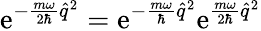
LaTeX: \mathrm{e}^{-\frac{{m\omega}}{{2\hbar}}\hat{{q}}^{2}}=\mathrm{e}^{-\frac{{m\omega}}{{\hbar}}\hat{{q}}^{2}}\mathrm{e}^{\frac{{m\omega}}{{2\hbar}}\hat{{q}}^{2}}